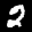
Label: 2